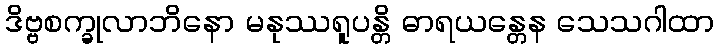
ဒိဗ္ဗစက္ခုလာဘိနော မနုဿရူပန္တိ ဓာရယန္တေန သေသဂါထာ